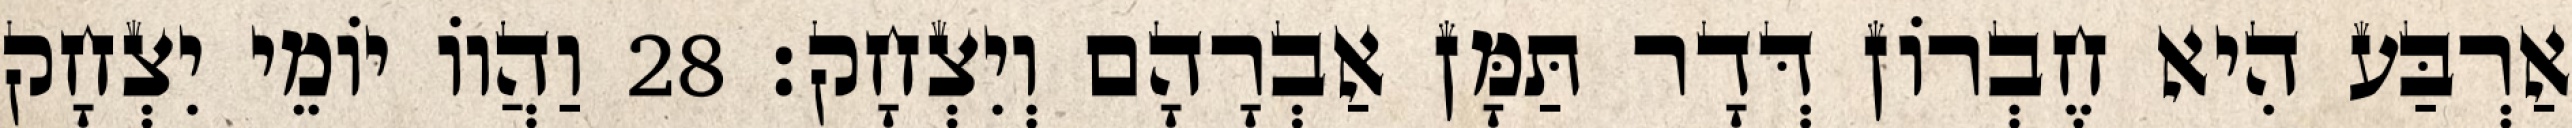
אַרְבַּע הִיא חֶבְרוֹן דְּדָר תַּמָּן אַבְרָהָם וְיִצְחָק׃ 28 וַהֲווֹ יוֹמֵי יִצְחָק